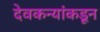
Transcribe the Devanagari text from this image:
देवकन्यांकडून